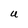
Character: U